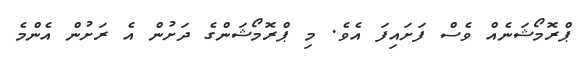
ޕްރޮމޯޝަނެއް ވެސް ފަށައިފަ އެވެ. މި ޕްރޮމޯޝަންގެ ދަށުން އެ ރަށުން އެންމެ